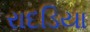
રાદડિયા